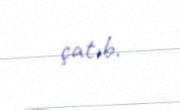
çatıb.